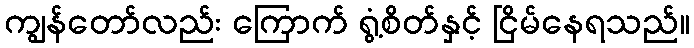
ကျွန်တော်လည်း ကြောက် ရွံ့စိတ်နှင့် ငြိမ်နေရသည်။